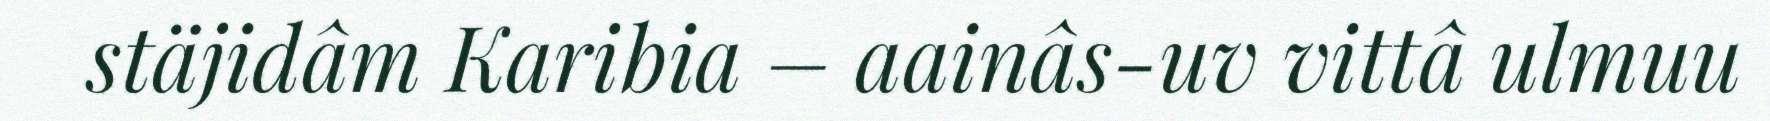
stäjidâm Karibia – aainâs-uv vittâ ulmuu